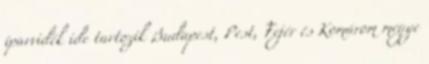
iparvidék ide tartozik Budapest, Pest, Fejér és Komárom megye